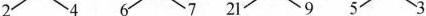
2 4 6 7 21 9 5 3